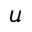
u